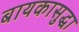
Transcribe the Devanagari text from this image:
बायकासुद्धा